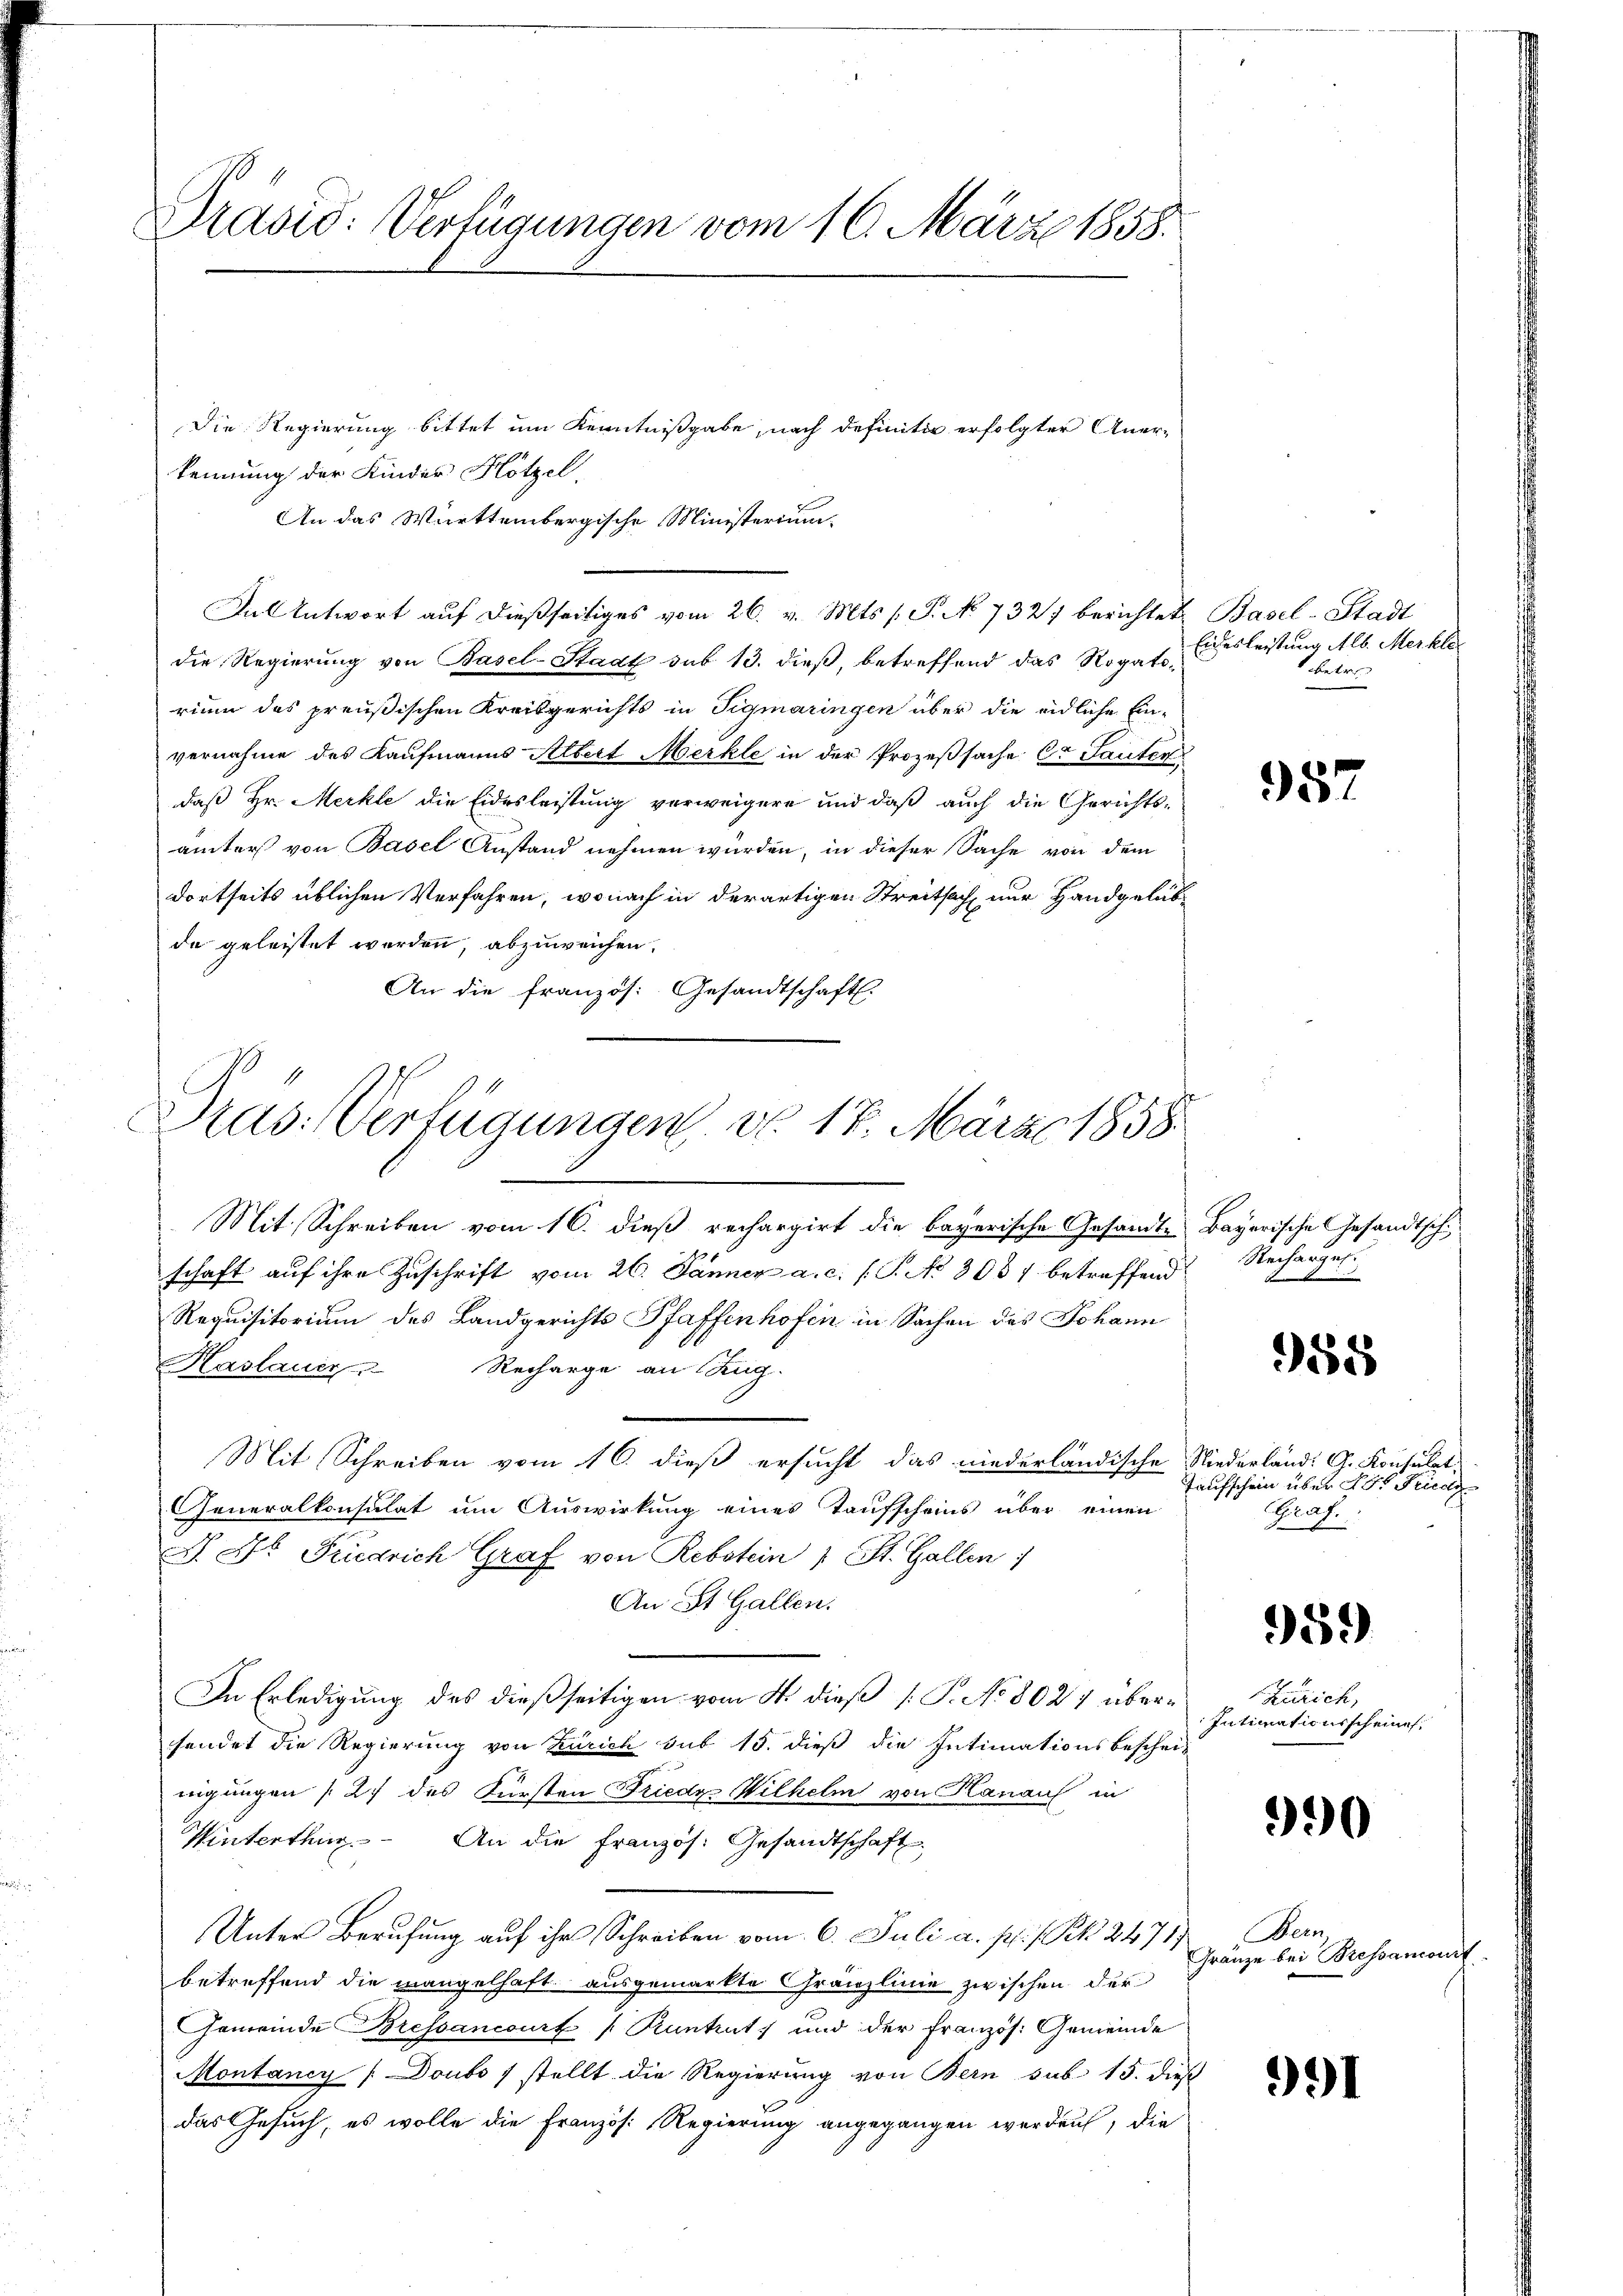
Pravić: Verfügungen vom 16. März 1858.
Die Regierung bittet um Kenntnißgabe, nach definitiv erfolgter Aner-
kennung der Kinder Hötzel,

An das Württembergische Ministerium
die Regierung von Basel-Stadt sub 13. dieß, betreffend das Rogatorium des preußischen Kreisgerichts in Tigmaringen über die eidliche Ein-
vernahme des Kaufmanns Albert Merkle in der Prozeßsache Er Sauten
daß Hr. Merkte die Eidesleistung verweigere und daß auch die Gerichtsämter von Basel Anstand nehmen würden, in dieser Sache von dem
dortseits üblichen Verfahren, wonach in derartigen Streitsach nur Handgelübde geleistet werden, abzuweichen.
An die französ. Gesandtschaft.
Pras: Verfügungen, do. 18. März 1858

Dal Antwort auf dießseitiges vom 26. v. Mts. s. S. No 732. berichtet Basel-Stadt

Mit Schreiben vom 16. dieß rechargirt die bayerische Gesandte Bayerische Gesandtschschaft auf ihre Zuschrift vom 26. Jänner a. c. (T. No 3037 betreffend
Requisitorium des Landgerichts Pfaffenhofen in Sachen des Johann
Kaslauen Recharge an Zug-
Mit Schreiben vom 16. dieß ersucht das niederländische Niederländ. G. Konsulat,
Generalkonsulat um Auswirkung eines Taufscheins über einen
S. Dr. Friedrich Graf von Rebstein 1 St. Gallen
An St. Gallen.
In Erledigung des dießseitigen vom 4. dieß P. No 8027 übersendet die Regierung von Zürich sub 15. dieß die Intimationsbeschei-
nigungen [27 des Fürsten Friedy Wilhelm von Hanaus in
Winterthur. An die Französ. Gesandtschaft
Unter Berufung auf ihr Schreiben vom 6. Juli a. p. 1 Pkt. 2471)
betreffend die mangelhaft ausgemarkte Gränzlinie zwischen der
Gemeinde Bressancourt [Runtrut, und der Französ. Gemeinde
Montancy (Doubo 1 stellt die Regierung von Bern sub 15. dieß
das Gesuch, es wolle die Französ. Regierung angegangen werden, die

Eidesleistung Alb. Merkle
heter

987

Recharges

958

Taufschein über der Friede
Graf.

959

990

991

Zürich,
Intimationsscheine

Bern
Gränze bei Bressancon